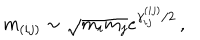
m _ { ( i j ) } \sim \sqrt { m _ { i } m _ { j } } e ^ { \gamma _ { i j } ^ { ( i j ) } / 2 } \, ,